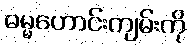
ဓမ္မဟောင်းကျမ်းကို